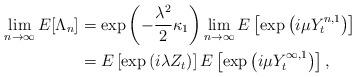
LaTeX: \begin{align*} \lim_{n\rightarrow \infty} E[ \Lambda_n] &=\exp\left( -\frac {\lambda^2} 2 \kappa_1 \right) \lim_{n\rightarrow \infty} E \left[ \exp \left(i \mu Y^{n,1}_t \right) \right] \\ &=E\left[ \exp \left( i \lambda Z_t \right) \right]E \left[ \exp \left(i \mu Y^{\infty,1}_t \right) \right], \end{align*}